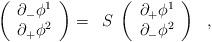
LaTeX: \begin{align*}\left(\begin{array}{l}\partial_- \phi^1\cr\partial_+ \phi^2\cr\end{array}\right)=\;\;S \; \left(\begin{array}{l}\partial_+ \phi^1\cr\partial_- \phi^2\cr\end{array}\right) \ \ , \end{align*}